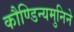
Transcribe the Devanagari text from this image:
कौण्डिन्यमुनिने